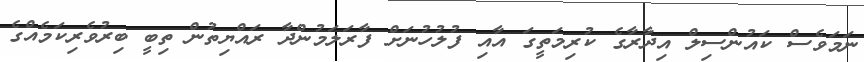
ނަމަވެސް ކައުންސިލް އިދާރާގެ ކުރިމަތީގަ އާއި ފުލުހުނަށް ފާރަލަމުންދާ ރައްޔިތުން ތިބީ ބިރުވެރިކަމެއްގެ